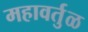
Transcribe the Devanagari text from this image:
महावर्तुळ